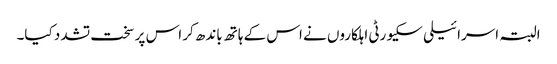
البتہ اسرائیلی سکیورٹی اہلکاروں نے اس کے ہاتھ باندھ کر اس پر سخت تشدد کیا۔